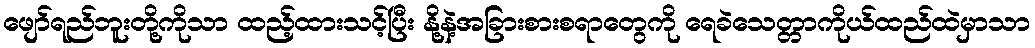
ဖျော်ရည်ဘူးတို့ကိုသာ ထည့်ထားသင့်ပြီး နို့နဲ့အခြားစားစရာတွေကို ရေခဲသေတ္တာကိုယ်ထည်ထဲမှာသာ